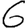
Digit: 6